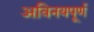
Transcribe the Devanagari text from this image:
अविनयपूर्ण